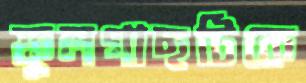
ফুলগাছটিকে